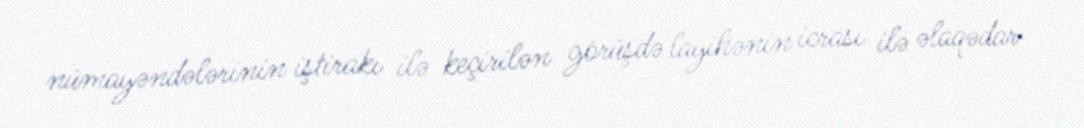
nümayəndələrinin iştirakı ilə keçirilən görüşdə layihənin icrası ilə əlaqədar